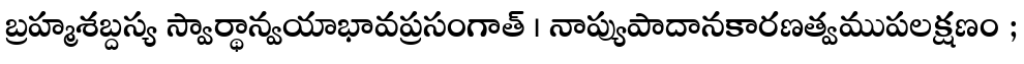
బ్రహ్మశబ్దస్య స్వార్థాన్వయాభావప్రసంగాత్ । నాప్యుపాదానకారణత్వముపలక్షణం ;